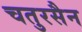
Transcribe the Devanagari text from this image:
चतुरसैन